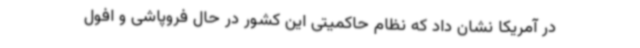
در آمریکا نشان داد که نظام حاکمیتی این کشور در حال فروپاشی و افول